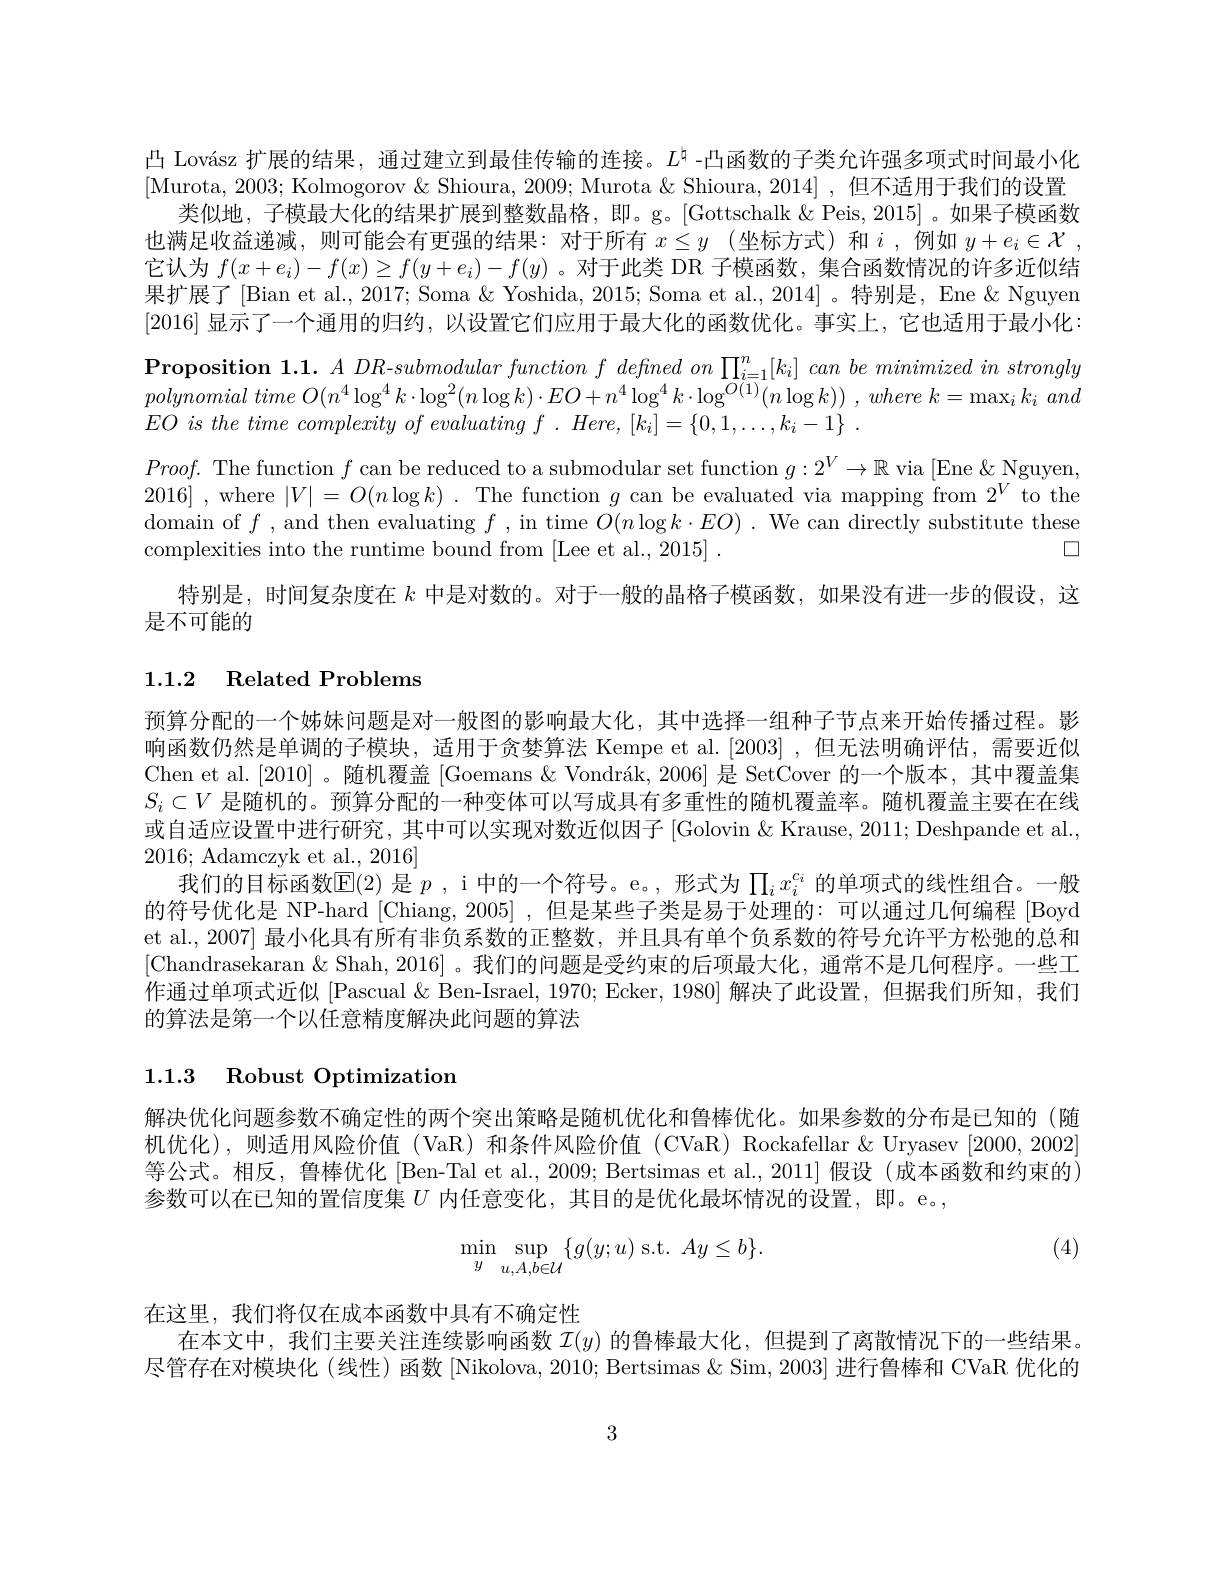
凸 Lovász 扩展的结果，通过建立到最佳传输的连接。$L^\mathrm{t}$ -凸函数的子类允许强多项式时间最小化[Murota, 2003; Kolmogorov & Shioura, 2009; Murota & Shioura, 2014] , 但不适用于我们的设置
类似地，子模最大化的结果扩展到整数晶格，即。g。[Gottschalk&Peis,2015]。如果子模函数也满足收益递减，则可能会有更强的结果：对于所有$x\leq y$ (坐标方式)和$i$ ,例如$y+ e_i\in \mathcal{X}$ , 它认为$f(x+e_i)-f(x)\geq f(y+e_i)-f(y)$ 。对于此类 DR 子模函数，集合函数情况的许多近似结果扩展了 [Bian et al., 2017; Soma & Yoshida, 2015; Soma et al., 2014] 。特别是，Ene & Nguyen [2016]显示了一个通用的归约，以设置它们应用于最大化的函数优化。事实上，它也适用于最小化： $\textbf{Proposition 1. 1. }A\textit{DR- submodular function f defined on }\prod _{i= 1}^{n}[ k_{i}] \textit{ can be minimized in strongly}$ polynomial time $O( n^{4}\log ^{4}k\cdot \log ^{2}( n\log k) \cdot EO+ n^{4}\log ^{4}k\cdot \log ^{O( 1) }( n\log k) )$ , where $k= \max _{i}k_{i}$ and $EO$ $is$ the time complexity $of$ evaluating $f$ . $Here$, $[ k_{i}] = \{ 0, 1, \ldots , k_{i}- 1\}$ .
$Proof.$ The function $f$ can be reduced to a submodular set function $g:2^V\to\mathbb{R}$ via [Ene &Nguyen, 2016] , where $|V|=O(n\log k)$ . The function $g$ can be evaluated via mapping from $2^V$ to the domain of $f$,and then evaluating $f$, in time $O(n\log k\cdot EO).$ We can directly substitute these
$\square$
complexities into the runtime bound from [Lee et al., 2015] .
特别是，时间复杂度在$k$中是对数的。对于一般的晶格子模函数，如果没有进一步的假设，这
是不可能的

# 1.1.2 Related Problems

预算分配的一个姊妹问题是对一般图的影响最大化，其中选择一组种子节点来开始传播过程。影响函数仍然是单调的子模块，适用于贪婪算法 Kempe et al.[2003] ,但无法明确评估，需要近似Chen et al.[2010]。随机覆盖[Goemans&Vondrák,2006]是 SetCover 的一个版本，其中覆盖集$S_i\subset V$是随机的。预算分配的一种变体可以写成具有多重性的随机覆盖率。随机覆盖主要在在线或自适应设置中进行研究，其中可以实现对数近似因子 [Golovin & Krause, 2011; Deshpande et al., 2016; Adamczyk et al., 2016]
我们的目标函数$\mathbb{E}(2)$是$p$ , i 中的一个符号。e。, 形式为$\prod_ix_i^{c_i}$的单项式的线性组合。一般的符号优化是 NP-hard [Chiang, 2005] ,但是某些子类是易于处理的：可以通过几何编程 [Boyd et al., 2007] 最小化具有所有非负系数的正整数，并且具有单个负系数的符号允许平方松弛的总和[Chandrasekaran & Shah, 2016] 。我们的问题是受约束的后项最大化，通常不是几何程序。一些工作通过单项式近似 [Pascual & Ben-Israel, 1970; Ecker, 1980] 解决了此设置，但据我们所知，我们的算法是第一个以任意精度解决此问题的算法

# 1.1.3 Robust Optimization

解决优化问题参数不确定性的两个突出策略是随机优化和鲁棒优化。如果参数的分布是已知的(随机优化),则适用风险价值(VaR)和条件风险价值(CVaR) Rockafellar&Uryasev[2000,2002]. 等公式。相反，鲁棒优化 [Ben-Tal et al., 2009; Bertsimas et al., 2011] 假设 (成本函数和约束的) 参数可以在已知的置信度集$U$内任意变化，其目的是优化最坏情况的设置，即。e。,

(4)
$$\min\limits_{y}\sup\limits_{u,A,b\in\mathcal{U}}\{g(y;u)\:\mathrm{s.t.}\:Ay\leq b\}.$$
在这里，我们将仅在成本函数中具有不确定性
在本文中，我们主要关注连续影响函数$\mathcal{I}(y)$的鲁棒最大化，但提到了离散情况下的一些结果。尽管存在对模块化(线性)函数[Nikolova,2010; Bertsimas & Sim, 2003] 进行鲁棒和 CVaR 优化的

3